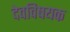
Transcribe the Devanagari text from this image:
देवविषयक